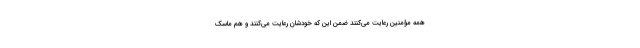
همه مؤمنین رعایت می‌کنند ضمن این که خودشان رعایت می‌کنند و هم ماسک